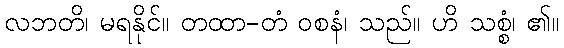
လဘတိ၊ မရနိုင်။ တထာ-တံ ဝစနံ၊ သည်။ ဟိ သစ္စံ၊ ၏။